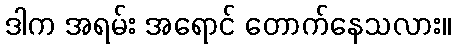
ဒါက အရမ်း အရောင် တောက်နေသလား။